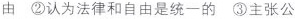
由 ②认为法律和自由是统一的 ③主张公